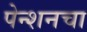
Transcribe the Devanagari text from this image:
पेन्शनचा